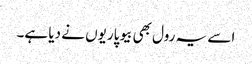
اسے یہ رول بھی بیوپاریوں نے دیا ہے۔